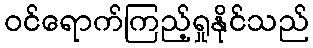
ဝင်ရောက်ကြည့်ရှုနိုင်သည်